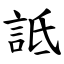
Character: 詆